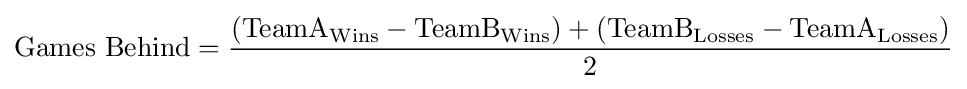
\mathrm {Games} \ \mathrm {Behind} ={\frac {(\mathrm {TeamA_{Wins}} -\mathrm {TeamB_{Wins}} )+(\mathrm {TeamB_{Losses}} -\mathrm {TeamA_{Losses}} )}{\mathrm {2} }}